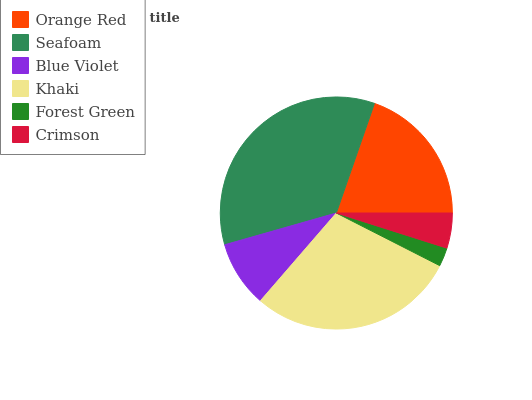
| Orange Red | Seafoam | Blue Violet | Khaki | Forest Green | Crimson |
 | --- | --- | --- | --- | --- | --- |
 | 19.7% | 34.7% | 9.25% | 28.8% | 2.59% | 4.9% |